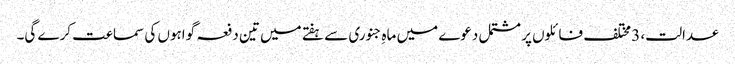
عدالت، 3 مختلف فائلوں پر مشتمل دعوے میں ماہِ جنوری سے ہفتے میں تین دفعہ گواہوں کی سماعت کرے گی۔